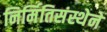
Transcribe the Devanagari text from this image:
निर्मितिसंस्थेने